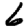
Digit: 6